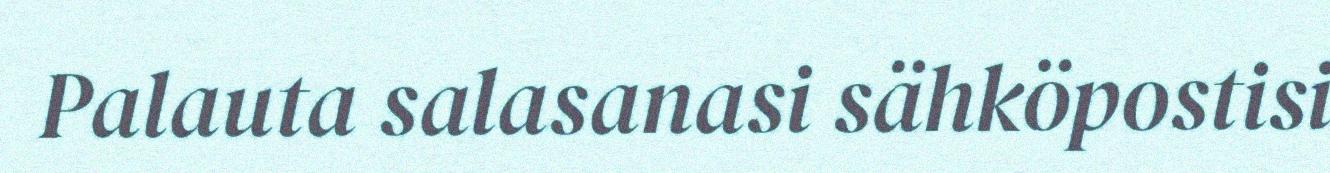
Palauta salasanasi sähköpostisi